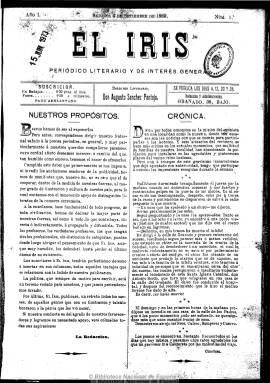
Título: El Iris (Badajoz)
Colección: Cultura || Literatura
Ámbito geográfico: Badajoz
Lugar de publicación: Badajoz
Fechas: 04/09/1889-31/10/1890

Subtitulado “periódico literario de interés general”, aparece como su director literario el entonces profesor auxiliar del instituto de enseñanza de Badajoz Augusto Sánchez Pantoja-García, cuyo propósito, tal como señala en su primer número, correspondiente al cuatro de septiembre de 1889, es cooperar al mayor grado de instrucción y cultura del país, planteándose como terreno vedado la política, y contando con la colaboración de los literatos de la denominada comarca extremeña.

Aparece al principio con una periodicidad semanal (los días 4, 12, 20 y 28 de cada mes) en números de cuatro páginas, cuya cabecera, a partir de la segunda entrega, está enmarcada en un grabado con un paisaje y, en su parte izquierda, el retrato del que había sido diputado liberal por Mérida, el literato Adelardo López de Ayala (1828-1879). Comienza con una crónica, generalmente firmada con el seudónimo Cristino, en la que se comentan cuestiones de carácter social, cultural, educativo o algunos sucesos. Principalmente, publica algunos artículos, pero sobre todo textos de creación literaria, especialmente en verso. Tiene también secciones de noticias, bibliografía y amenidades, y más adelante otra dedicada a “Literatos incipientes”, y la cuarta plana está dedicada íntegramente a anuncios comerciales.

Al comienzo se compromete a publicar mensualmente un grabado, bajo el epígrafe de “Nuestros políticos”, y tras reducir su frecuencia a decenal y aumentar a las ocho páginas, a partir del ocho de abril de 1890, y subtitularse “revista literaria ilustrada”, a partir del 15 de junio del mismo año, insertará un grabado en la primera página de cada uno de los números que vaya publicando, así como la semblanza del retratado, dedicados a personajes como el inventor Isaac Peral o el político Nicolás Salmerón Alonso, entre otros.

Además de Augusto Sánchez, como director literario, aparecerá como director Arturo Merino Benítez; como redactores, Diego Jiménez Prieto, Guillermo Pablo García, Luis Marzal y Antonio López Moreno, entre otros; y como dibujantes, Eduardo González Correo, Eduardo Salcedo Ruiz y Luis Ramos Martínez.

Casi con toda probabilidad, El iris (un título que ya se había publicado anteriormente en la misma localidad entre 1862 y 1864) es producto de las disensiones producidas en el seno del también periódico literario pacense El fomento, que había dirigido ese mismo año Carlos Servert Fortuny, y en el que habían participado tanto Augusto Sánchez como Felipe Cabañas Ventura, quien por su parte sacará La idea (1889-1890), y de cuya polémica aparecen retazos en El iris. Véase en este sentido el trabajo de Carmelo Real Apolo como el de Román Gómez Villafranca. Durante septiembre de 1890 no se publicará y el último número de la colección corresponde al 31 de octubre de este año.